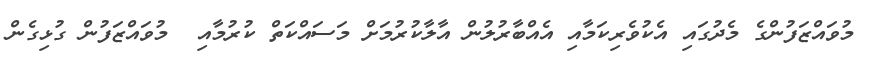
މުވައްޒަފުންގެ މެދުގައި އެކުވެރިކަމާއި އެއްބާރުލުން އާލާކުރުމަށް މަސައްކަތް ކުރުމާއި  މުވައްޒަފުން ގުޅިގެން